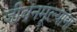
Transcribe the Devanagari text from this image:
जीवनमूल्यांना